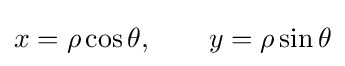
x=\rho \cos \theta ,\qquad y=\rho \sin \theta